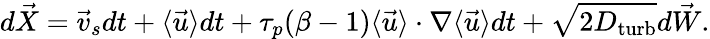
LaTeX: d\vec{X}=\vec{v}_{s}dt+\langle\vec{u}\rangle dt+\tau_{p}(\beta-1)\langle\vec{u}\rangle\cdot\nabla\langle\vec{u}\rangle dt+\sqrt{2D_{\mathrm{turb}}}d\vec{W}.